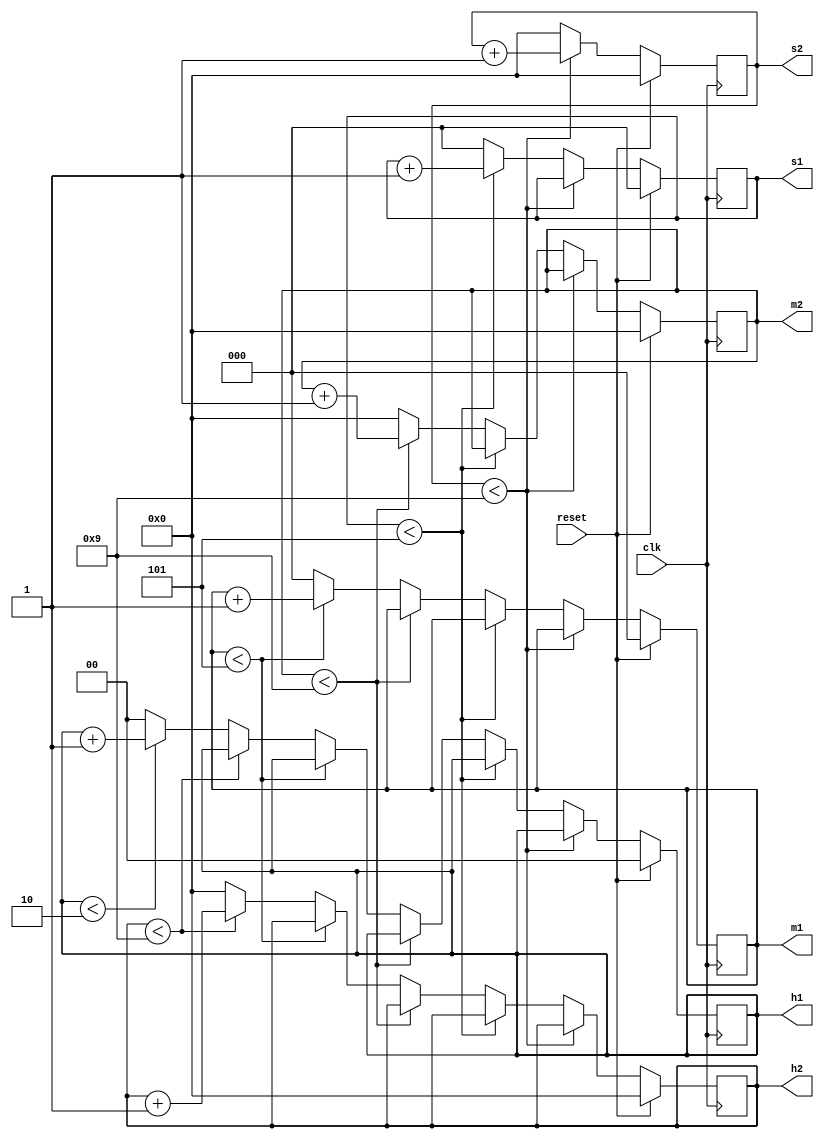
module binary_clock ( clk ,reset ,h2,h1,m2,m1,s2, s1);

output[3:0] h2;
output[1:0] h1;
output[3:0] m2;
output[2:0] m1;
output [3:0] s2;
output[2:0] s1;

reg [3:0] h2;
reg[1:0] h1;
reg [3:0] m2;
reg[2:0] m1;
reg [3:0] s2;
reg[2:0] s1;

input clk ;
wire clk ;
input reset ;
wire reset ;

initial h2=0;
initial h1=0;
initial m2=0;
initial m1=0;
initial s2 = 0;
initial s1 = 0;

always @ (posedge (clk)) begin
 if (reset)
  begin
   h2<=0;
   h1<=0;
   m2 <=0;
   m1<=0;
   s2 <= 0;
   s1 <=0;
  end
 else if (s2<9)
  s2 <= s2 + 1;
 else
  begin
   s2 <= 0;
   if(s1 <5)
    s1 <= s1+1;
   else
    begin
     s1 <=0;
     if(m2<9)
      m2 <= m2+1;
     else
      begin
       m2<=0;
       if(m1<5)
        m1 <= m1+1;
       else
        begin
         m1 <=0;
         if(h2<9)
          h2<=h2+1;
         else
          begin
           h2<=0;
           if(h1<2)
            h1<=h1+1;
           else
            h1<=0;
          end
         end
        end
       end
     end
   end
      
endmodule